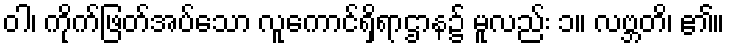
ဝါ၊ ကိုက်ဖြတ်အပ်သော လူကောင်ရှိရာဌာန၌ မူလည်း ၁။ လဗ္ဘတိ၊ ၏။